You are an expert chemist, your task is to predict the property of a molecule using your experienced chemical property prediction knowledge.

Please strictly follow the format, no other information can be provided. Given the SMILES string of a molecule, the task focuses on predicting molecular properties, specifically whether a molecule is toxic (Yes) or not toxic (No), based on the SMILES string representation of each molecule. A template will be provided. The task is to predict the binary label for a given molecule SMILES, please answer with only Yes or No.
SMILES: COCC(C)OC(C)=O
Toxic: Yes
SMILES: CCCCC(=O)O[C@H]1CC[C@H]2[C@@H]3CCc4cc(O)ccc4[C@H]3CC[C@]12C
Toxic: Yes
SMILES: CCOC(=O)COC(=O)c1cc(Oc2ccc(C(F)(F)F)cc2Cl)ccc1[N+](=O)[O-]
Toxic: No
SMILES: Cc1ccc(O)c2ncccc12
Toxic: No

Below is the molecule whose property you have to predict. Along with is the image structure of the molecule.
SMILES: NCc1cccc(C2CCN(C(=O)c3ccc(C#Cc4ccccc4F)o3)CC2)c1
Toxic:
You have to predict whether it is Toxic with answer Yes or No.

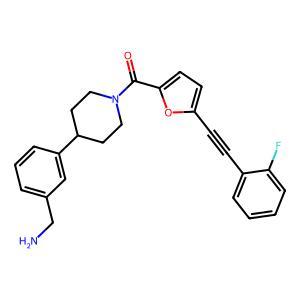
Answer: No